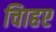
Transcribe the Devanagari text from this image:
चािहए